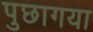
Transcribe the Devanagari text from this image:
पुछागया